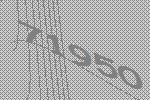
71950